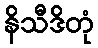
နိသီဒိတုံ